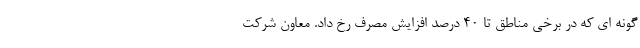
گونه ای که در برخی مناطق تا ۴۰ درصد افزایش مصرف رخ داد. معاون شرکت